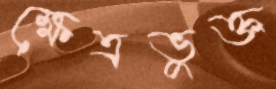
ক্ষেত্রভুক্ত